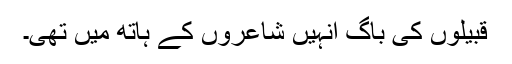
قبیلوں کی باگ انہیں شاعروں کے ہاتھ میں تھی۔